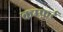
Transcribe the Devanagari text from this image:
कम्फ़र्ट